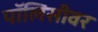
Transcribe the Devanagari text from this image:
पॉलिसीवर